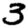
Digit: 3